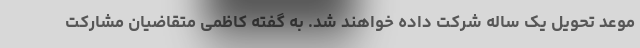
موعد تحویل یک ساله شرکت داده خواهند شد. به گفته کاظمی متقاضیان مشارکت